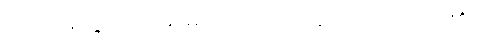
ထိုအိမ်တွင် လိုသမျှကို ပြုပြင်လုပ်ကိုင်ပေးရ၏။